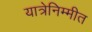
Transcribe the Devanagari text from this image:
यात्रेनिम्मीत